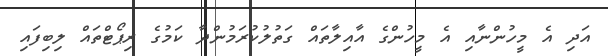
އަދި އެ މީހުންނާއި އެ މީހުންގެ އާއިލާތައް ގަތުލުކުރަމުންދާ ކަމުގެ ރިޕޯޓްތައް ލިބިފައި